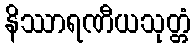
နိဿာရဏီယသုတ္တံ